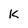
Character: K